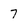
Character: 7